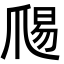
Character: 𭶱